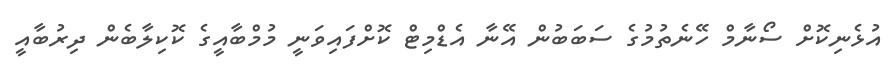
އުޅެނިކޮށް ސޯނާމް ހޭނެތުމުގެ ސަބަބުން އޭނާ އެޑްމިޓް ކޮށްފައިވަނީ މުމްބާއީގެ ކޮކިލާބެން ދިރުބާއީ